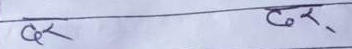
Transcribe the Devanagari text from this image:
कर